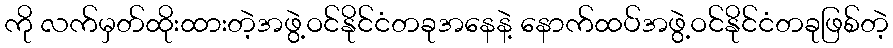
ကို လက်မှတ်ထိုးထားတဲ့အဖွဲ့ဝင်နိုင်ငံတခုအနေနဲ့ နောက်ထပ်အဖွဲ့ဝင်နိုင်ငံတခုဖြစ်တဲ့